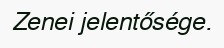
Zenei jelentősége.